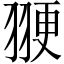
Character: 𫅩